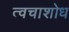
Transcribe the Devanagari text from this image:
त्वचाशोध